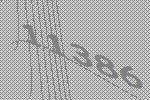
11386